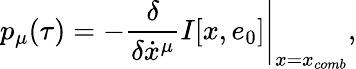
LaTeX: p_{\mu}(\tau)=-\left.\frac{\delta}{\delta\dot{x}^{\mu}}I[x,e_{0}]\right\vert_{x=x_{comb}},